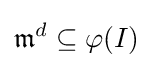
{\mathfrak {m}}^{d}\subseteq \varphi (I)